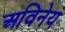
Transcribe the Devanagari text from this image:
अविनेय